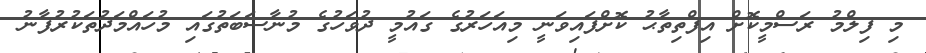
މި ފިލްމު ރަސްމީކޮށް އިފްތިތާޙު ކޮށްފައިވަނީ މިއަހަރުގެ ގައުމީ ދުވަހުގެ މުނާސަބަތުގައި މުހައްމަދުތަކުރުފާނު